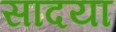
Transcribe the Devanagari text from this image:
सादया